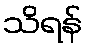
သိရန်